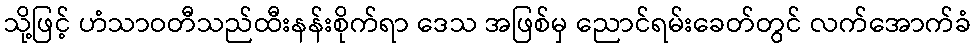
သို့ဖြင့် ဟံသာဝတီသည်ထီးနန်းစိုက်ရာ ဒေသ အဖြစ်မှ ညောင်ရမ်းခေတ်တွင် လက်အောက်ခံ